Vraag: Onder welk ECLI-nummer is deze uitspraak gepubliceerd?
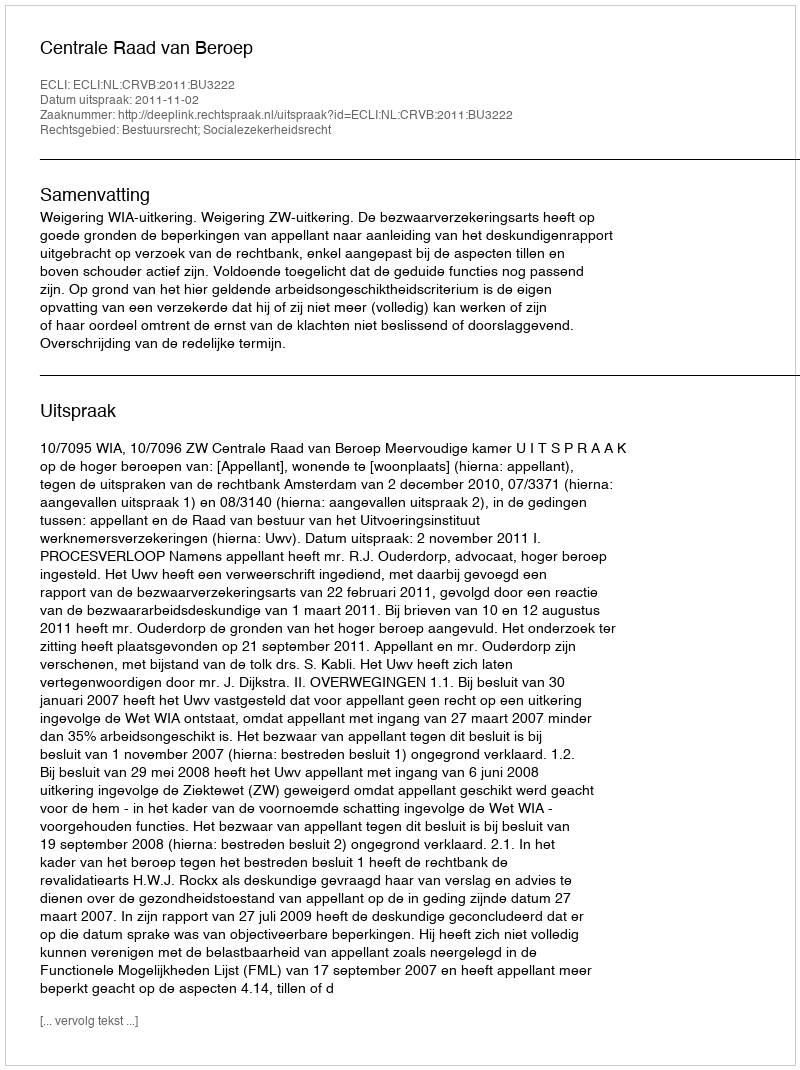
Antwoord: ECLI:NL:CRVB:2011:BU3222